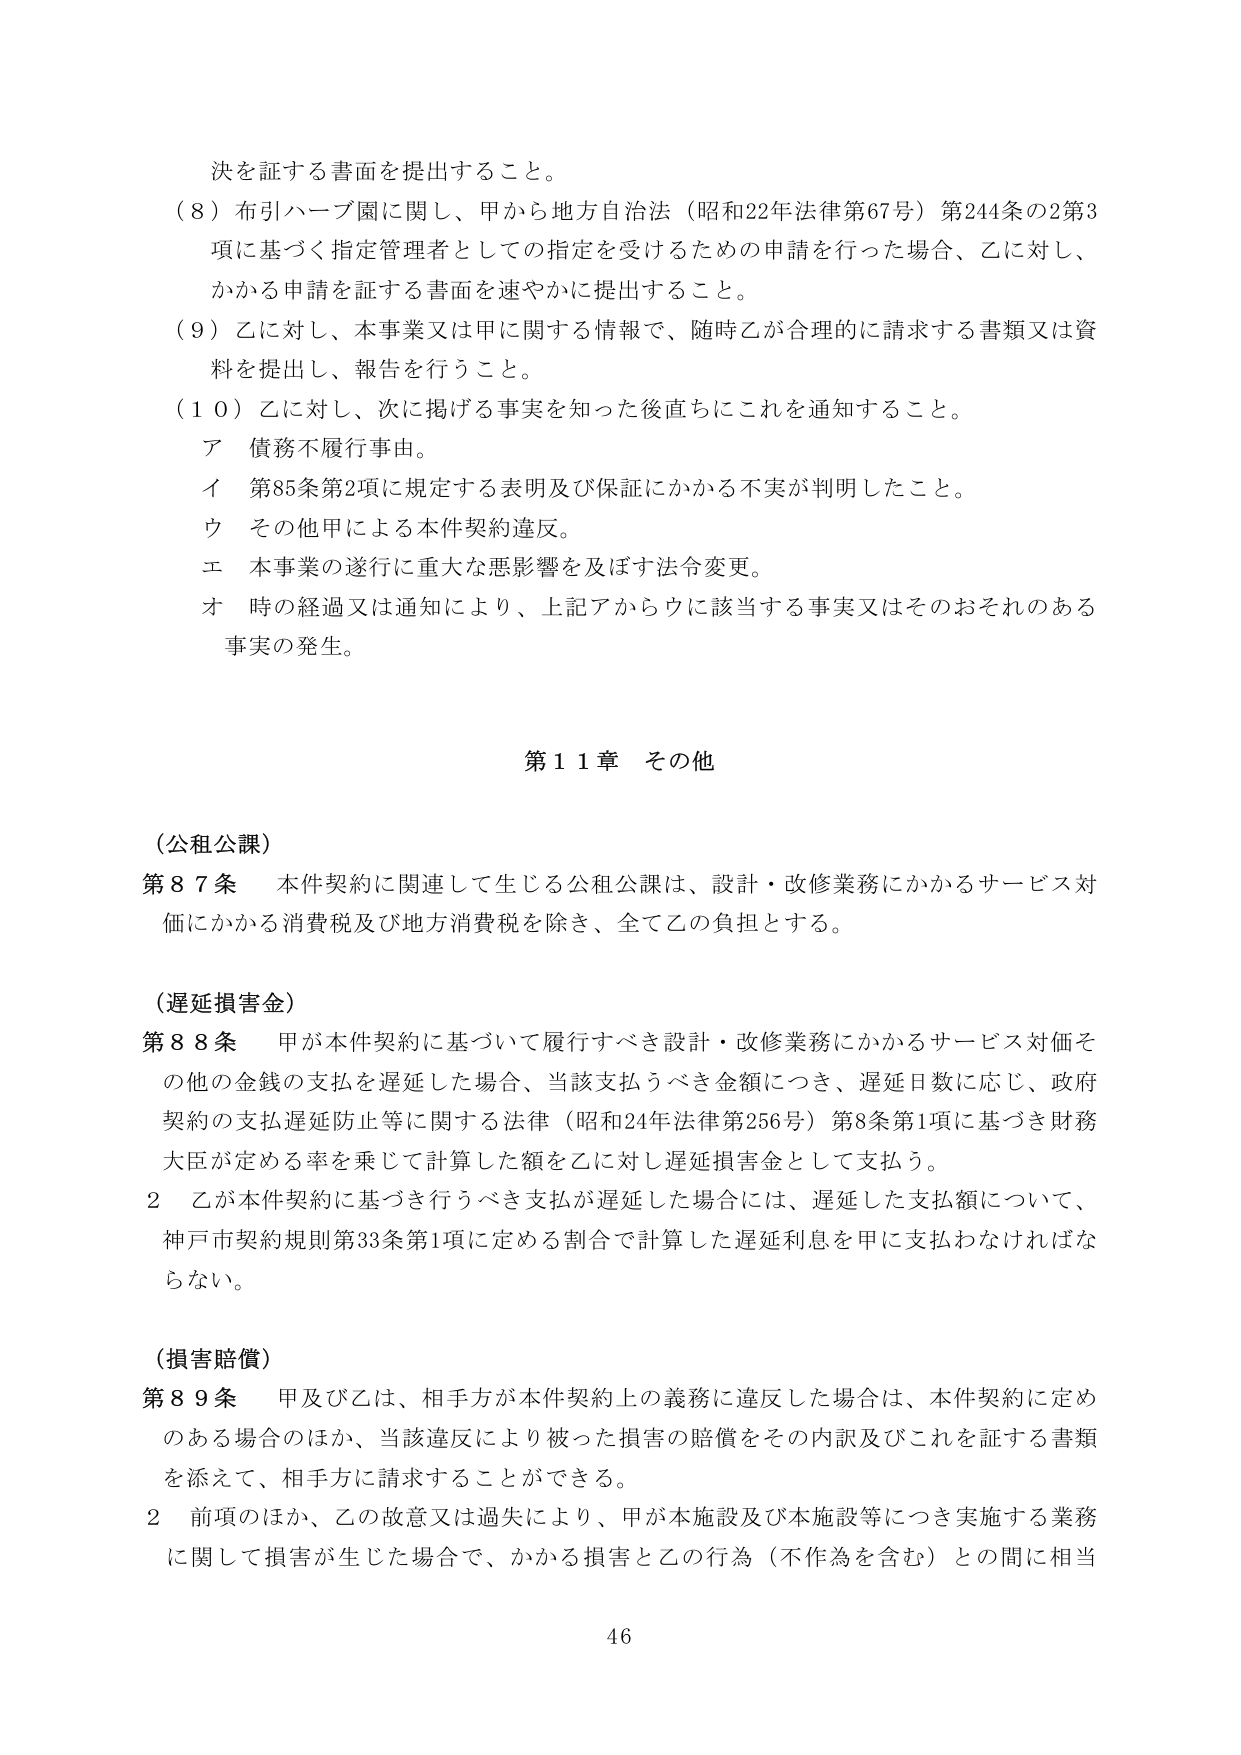
決を証する書面を提出すること。

（８）布引ハーブ園に関し、甲から地方自治法（昭和22年法律第67号）第244条の2第3項に基づく指定管理者としての指定を受けるための申請を行った場合、乙に対し、かかる申請を証する書面を速やかに提出すること。

（９）乙に対し、本事業又は甲に関する情報で、随時乙が合理的に請求する書類又は資料を提出し、報告を行うこと。

（１０）乙に対し、次に掲げる事実を知った後直ちにこれを通知すること。
　ア　債務不履行事由。
　イ　第85条第2項に規定する表明及び保証にかかる不実が判明したこと。
　ウ　その他甲による本件契約違反。
　エ　本事業の遂行に重大な悪影響を及ぼす法令変更。
　オ　時の経過又は通知により、上記アからウに該当する事実又はそのおそれのある事実の発生。

第11章　その他

（公租公課）
第87条　本件契約に関連して生じる公租公課は、設計・改修業務にかかるサービス対価にかかる消費税及び地方消費税を除き、全て乙の負担とする。

（遅延損害金）
第88条　甲が本件契約に基づいて履行すべき設計・改修業務にかかるサービス対価その他の金銭の支払を遅延した場合、当該支払うべき金額につき、遅延日数に応じ、政府契約の支払遅延防止等に関する法律（昭和24年法律第256号）第8条第1項に基づき財務大臣が定める率を乗じて計算した額を乙に対し遅延損害金として支払う。
　2　乙が本件契約に基づき行うべき支払が遅延した場合には、遅延した支払額について、神戸市契約規則第33条第1項に定める割合で計算した遅延利息を甲に支払わなければならない。

（損害賠償）
第89条　甲及び乙は、相手方が本件契約上の義務に違反した場合は、本件契約に定めるある場合のほか、当該違反により被った損害の賠償をその内訳及びこれを証する書類を添えて、相手方に請求することができる。
　2　前項のほか、乙の故意又は過失により、甲が本施設及び本施設等につき実施する業務に関して損害が生じた場合で、かかる損害と乙の行為（不作為を含む）との間に相当

46